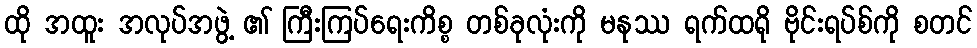
ထို အထူး အလုပ်အဖွဲ့ ၏ ကြီးကြပ်ရေးကိစ္စ တစ်ခုလုံးကို မနုဿ ရက်ထရို ဗိုင်းရပ်စ်ကို စတင်